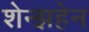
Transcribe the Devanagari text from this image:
शेन्झहेन